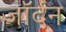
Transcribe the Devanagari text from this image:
जॉर्दन